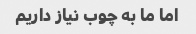
اما ما به چوب نیاز داریم